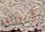
أعطتنا